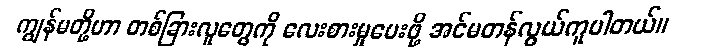
ကျွန်မတို့ဟာ တစ်ခြားလူတွေကို လေးစားမှုပေးဖို့ အင်မတန်လွယ်ကူပါတယ်။